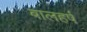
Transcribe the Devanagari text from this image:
बालहर्ष